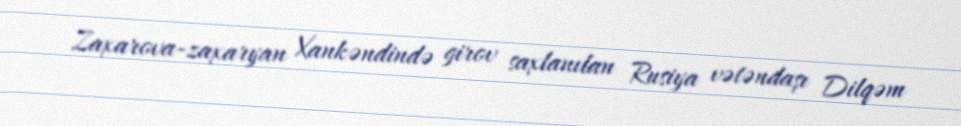
Zaxarova-zaxaryan Xankəndində girov saxlanılan Rusiya vətəndaşı Dilqəm